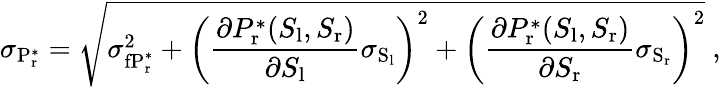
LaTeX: \sigma_{\mathrm{P_{r}^{*}}}=\sqrt{\sigma_{\mathrm{fP_{r}^{*}}}^{2}+\left(\frac{\partial P_{\mathrm{r}}^{*}(S_{\mathrm{l}},S_{\mathrm{r}})}{\partial S_{\mathrm{l}}}\sigma_{\mathrm{S_{l}}}\right)^{2}+\left(\frac{\partial P_{\mathrm{r}}^{*}(S_{\mathrm{l}},S_{\mathrm{r}})}{\partial S_{\mathrm{r}}}\sigma_{\mathrm{S_{r}}}\right)^{2}}\ ,